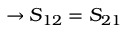
\rightarrow S _ { 1 2 } = S _ { 2 1 }